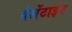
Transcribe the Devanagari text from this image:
वेलेंटाईन